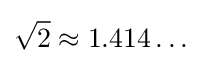
{\sqrt {2}}\approx 1.414\ldots